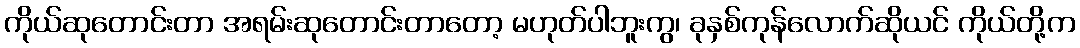
ကိုယ်ဆုတောင်းတာ အရမ်းဆုတောင်းတာတော့ မဟုတ်ပါဘူးကွ၊ ခုနှစ်ကုန်လောက်ဆိုယင် ကိုယ်တို့က